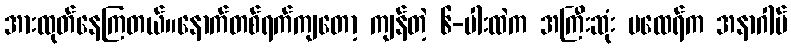
အားထုတ်နေကြတယ်။နောက်တစ်ရက်ကျတော့ ကျန်တဲ့ ၆-ပါးထဲက အကြီးဆုံး မထေရ်က အနာဂါမ်